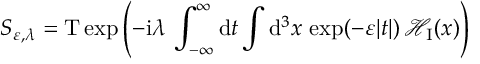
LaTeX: S _ { \varepsilon , \lambda } = { \mathrm T } \exp \left( - { \mathrm i } \lambda \, \int _ { - \infty } ^ { \infty } { \mathrm d } t \int { \mathrm d } ^ { 3 } x \, \exp ( - \varepsilon | t | ) \, { \mathcal H } _ { \mathrm I } ( x ) \right)